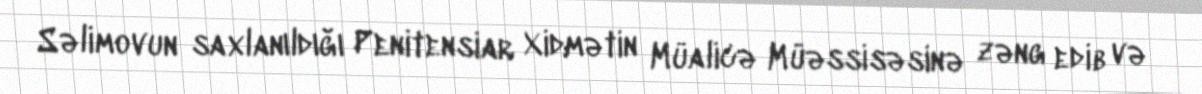
Səlimovun saxlanıldığı Penitensiar Xidmətin Müalicə Müəssisəsinə zəng edib və